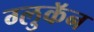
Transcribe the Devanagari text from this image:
ग्लुकॅन